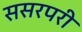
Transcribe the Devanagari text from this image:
ससरपरी